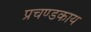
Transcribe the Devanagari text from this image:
प्रचण्डकाय